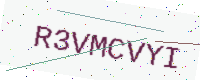
Text: R3VMCVYI